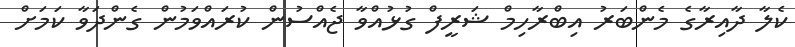
ކެލާ ދާއިރާގެ މެންބަރު އިބްރާހިމް ޝަރީފް ގުޅުއްވާ ޖެއްސުން ކުރައްވަމުން ގެންދަވާ ކަމަށް